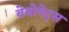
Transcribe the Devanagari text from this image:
बेयोनेट्स